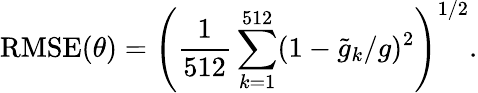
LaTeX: \operatorname{RMSE}(\theta)=\left(\frac{1}{512}\sum_{k=1}^{512}(1-\tilde{g}_{k}/g)^{2}\right)^{1/2}.